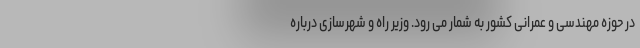
در حوزه مهندسی و عمرانی کشور به شمار می رود. وزیر راه و شهرسازی درباره